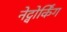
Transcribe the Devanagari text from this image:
नेट्वोर्किंग